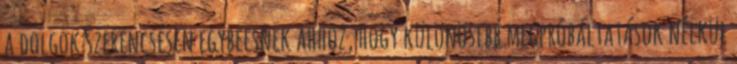
a dolgok szerencsésen egybeesnek ahhoz, hogy különösebb megpróbáltatások nélkül